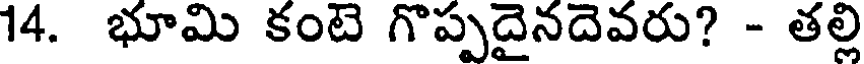
14. భూమి కంటె గొప్పదైనదెవరు? - తల్లి